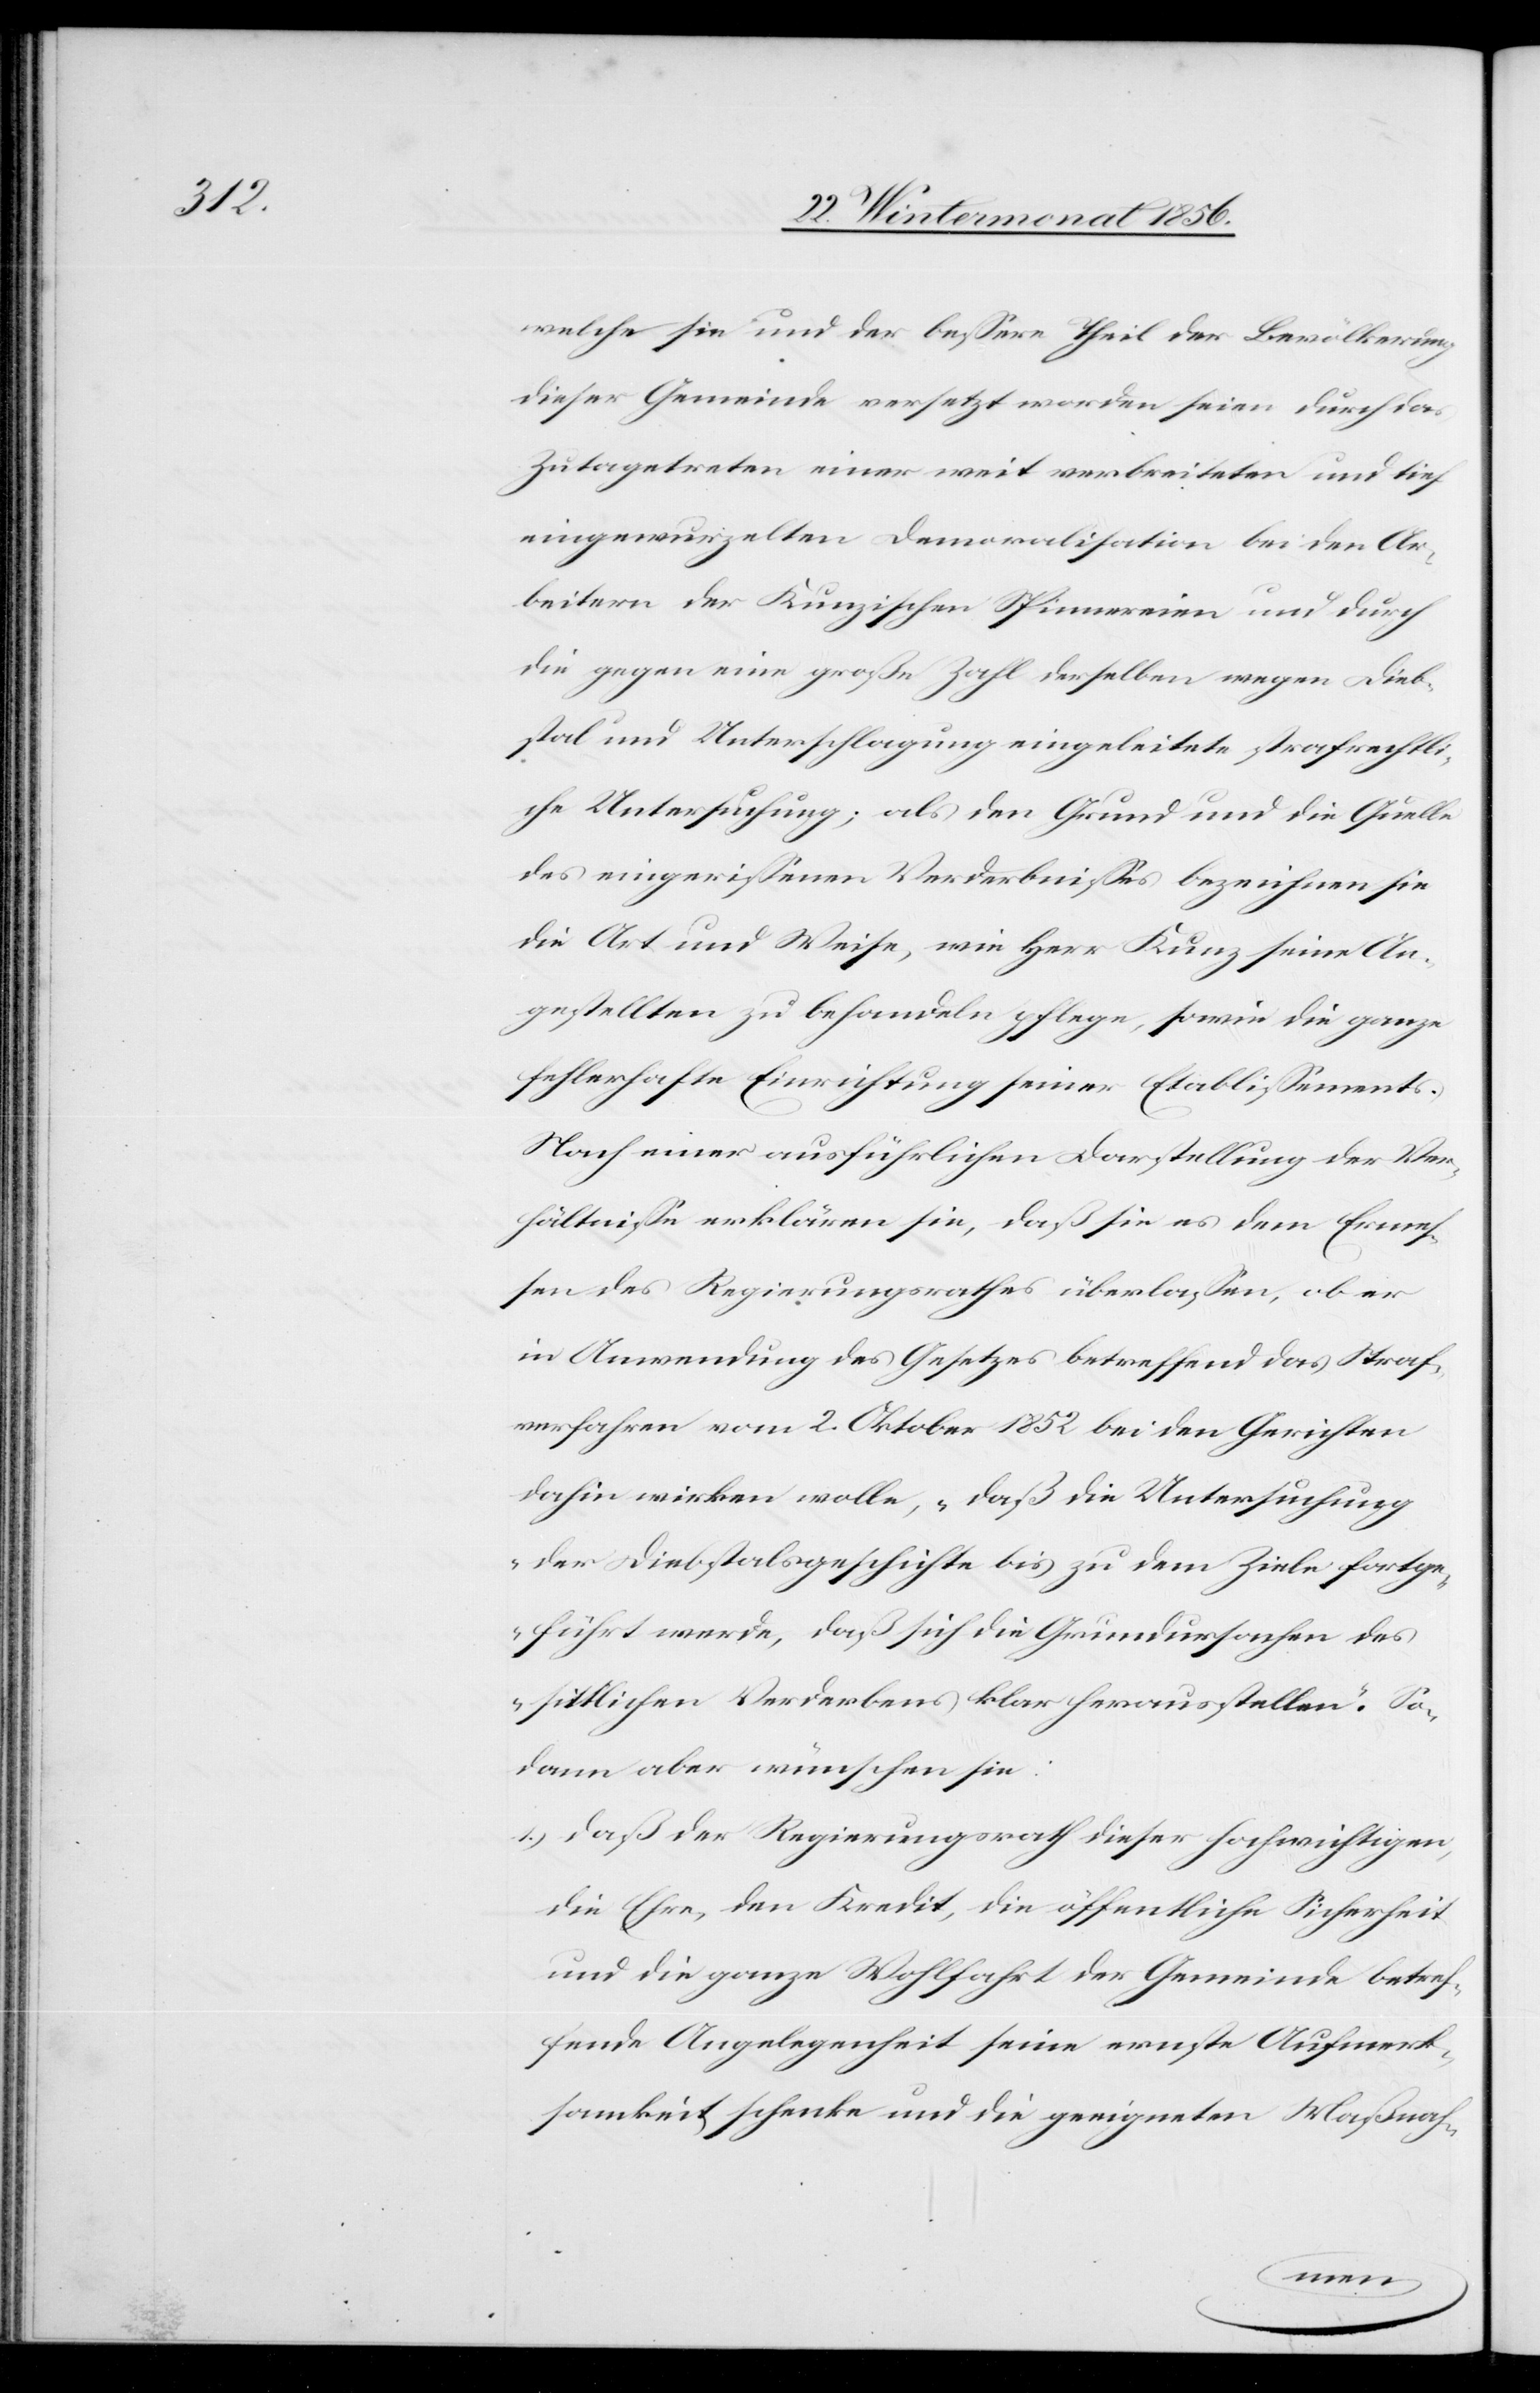
welche sie und der bessere Theil der Bevölkerung
dieser Gemeinde versetzt worden seien durch das
Zutagetreten einer weit verbreiteten und tief
eingewurzelten Demoralisation bei den Ar¬
beitern der Kunzischen Spinnereien und durch
die gegen eine große Zahl derselben wegen Dieb¬
stal und Unterschlagung eingeleitete strafrechtli¬
che Untersuchung; als den Grund und die Quelle
des eingerissenen Verderbnisses bezeichnen sie
die Art und Weise, wie Herr Kunz seine An¬
gestellten zu behandeln pflege, sowie die ganze
fehlerhafte Einrichtung seiner Etablissements.
Nach einer ausführlichen Darstellung der Ver¬
hältnisse erklären sie, daß sie es dem Ermes¬
sen des Regierungsrathes überlassen, ob er
in Anwendung des Gesetzes betreffend das Straf¬
verfahren vom 2. Oktober 1852 bei den Gerichten
dahin wirken wolle, „daß die Untersuchung
der Diebstalsgeschichte bis zu dem Ziele fortge¬
führt werde, daß sich die Grundursachen des
sittlichen Verderbens klar herausstellen“. So¬
dann aber wünschen sie:
1.) daß der Regierungsrath dieser hochwichtigen,
die Ehre, den Kredit, die öffentliche Sicherheit
und die ganze Wohlfahrt der Gemeinde betref¬
fende Angelegenheit seine ernste Aufmerk¬
samkeit schenke und die geeigneten Maßnah-